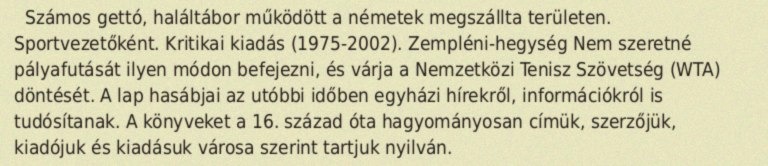
Számos gettó, haláltábor működött a németek megszállta területen. Sportvezetőként. Kritikai kiadás (1975-2002). Zempléni-hegység Nem szeretné pályafutását ilyen módon befejezni, és várja a Nemzetközi Tenisz Szövetség (WTA) döntését. A lap hasábjai az utóbbi időben egyházi hírekről, információkról is tudósítanak. A könyveket a 16. század óta hagyományosan címük, szerzőjük, kiadójuk és kiadásuk városa szerint tartjuk nyilván.